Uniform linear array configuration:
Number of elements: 24
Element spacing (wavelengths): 0.25
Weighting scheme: hamming
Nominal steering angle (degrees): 45
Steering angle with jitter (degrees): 43.507
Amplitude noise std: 0.05
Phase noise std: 0.05

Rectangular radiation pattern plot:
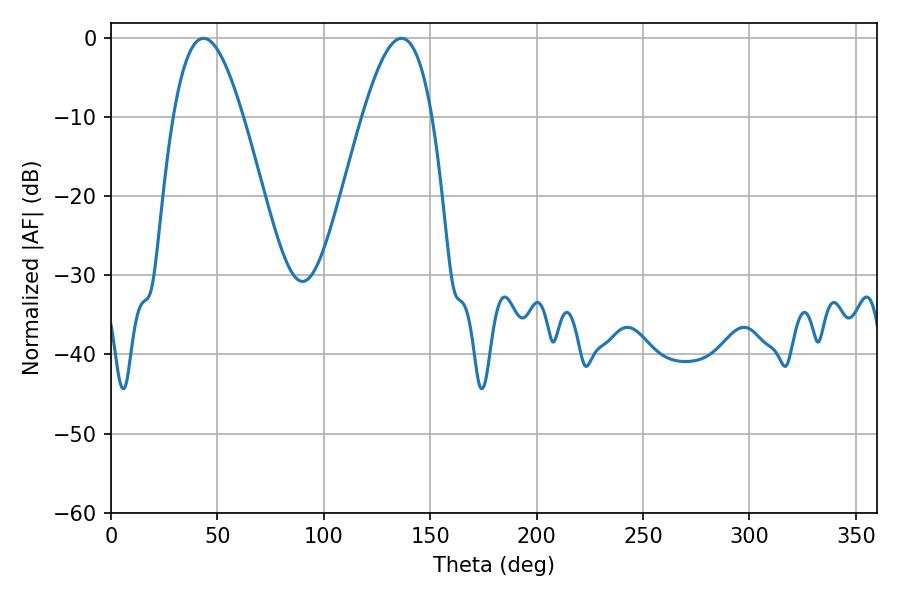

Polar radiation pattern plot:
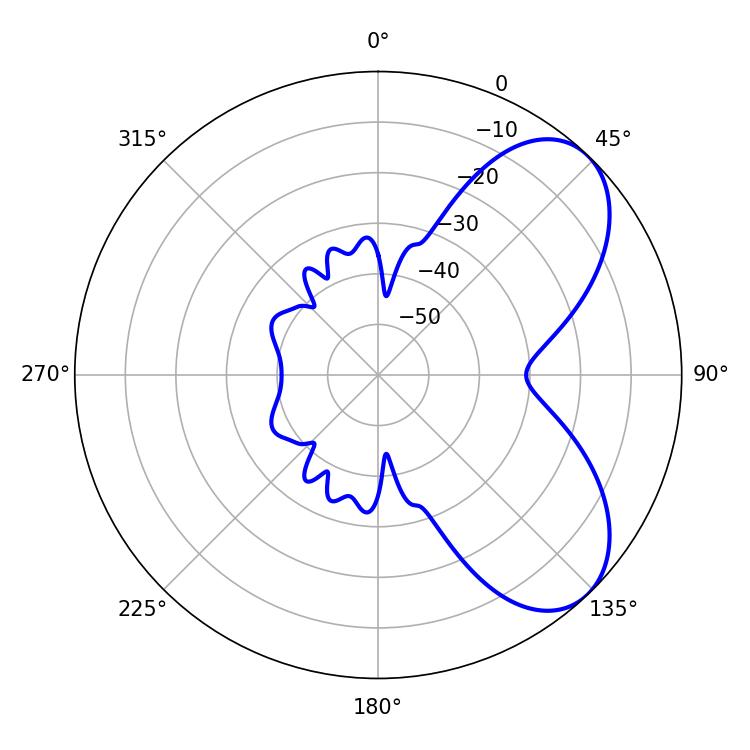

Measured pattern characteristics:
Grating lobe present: FALSE
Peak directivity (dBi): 6.28
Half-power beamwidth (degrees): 17.82
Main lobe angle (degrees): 43.56